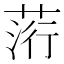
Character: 䓷